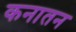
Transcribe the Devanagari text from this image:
कनातन